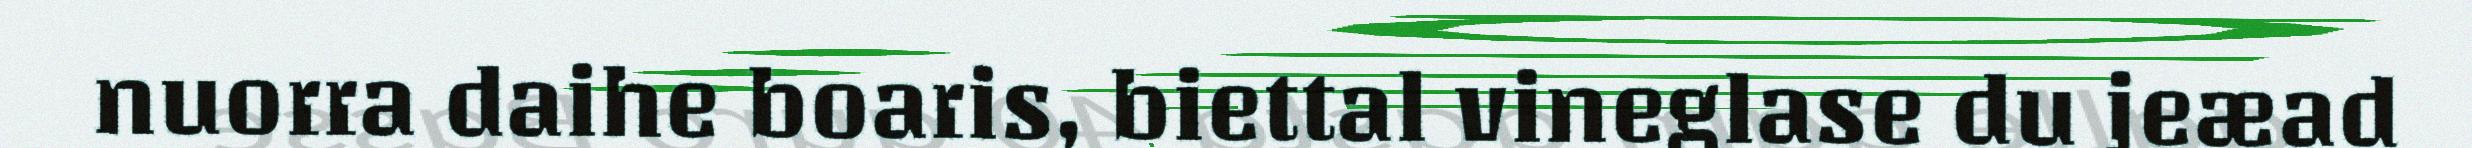
nuorra daihe boaris, biettal vineglase du jeæad